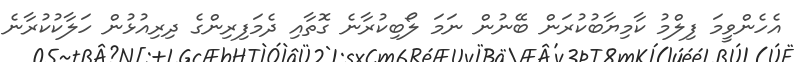
އެހެންވީމަ ފިލްމު ކާމިޔާބުކުރަން ބޭނުން ނަމަ ލޯބިކުރާނެ ގޮތާއި ދެމަފިރިންގެ ދިރިއުޅުން ހަލާކުކުރާނެ